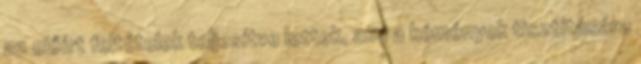
az előírt feltételek teljesítve lettek, ami a kémények tisztítására